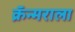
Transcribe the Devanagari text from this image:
क्रॅन्मराला